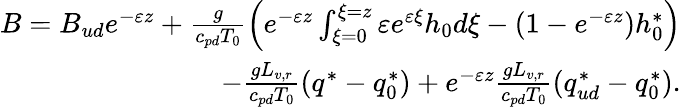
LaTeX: \begin{array}{r}{B=B_{ud}e^{-\varepsilon z}+\frac{g}{c_{pd}T_{0}}\left(e^{-\varepsilon z}\int_{\xi=0}^{\xi=z}\varepsilon e^{\varepsilon\xi}h_{0}d\xi-\left(1-e^{-\varepsilon z}\right)h_{0}^{*}\right)}\\ {-\frac{gL_{v,r}}{c_{pd}T_{0}}\left(q^{*}-q_{0}^{*}\right)+e^{-\varepsilon z}\frac{gL_{v,r}}{c_{pd}T_{0}}\left(q_{ud}^{*}-q_{0}^{*}\right).}\end{array}